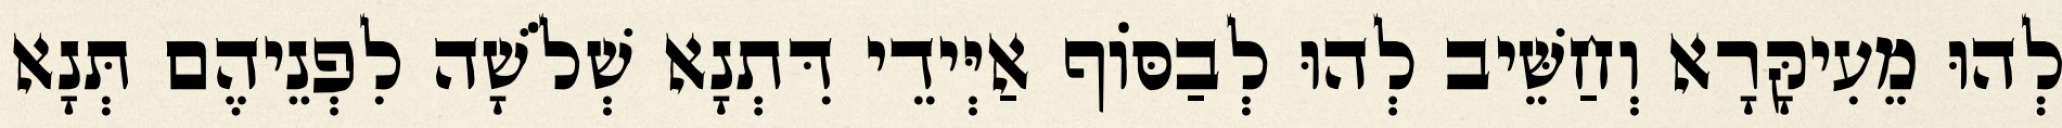
לְהוּ מֵעִיקָּרָא וְחַשֵּׁיב לְהוּ לְבַסּוֹף אַיְּידֵי דִּתְנָא שְׁלֹשָׁה לִפְנֵיהֶם תְּנָא